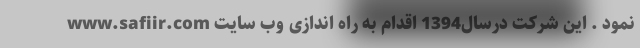
نمود . این شرکت درسال1394 اقدام به راه اندازی وب سایت www.safiir.com